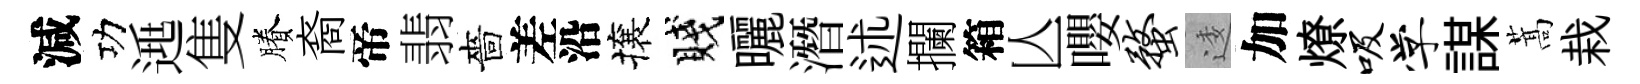
減功𨓱隻賸裔帝翡嗇差沿攘賤曬潛述攔箱亾嚶蝥逶加燎吸学謀蒿栽